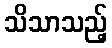
သိသာသည့်